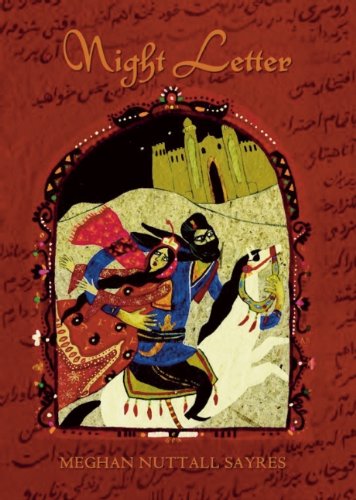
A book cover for Night Letter; Meghan  Nuttall Sayres; Teen & Young Adult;